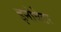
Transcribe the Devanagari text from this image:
इनोवेटर